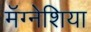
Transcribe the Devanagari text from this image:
मॅग्नेशिया